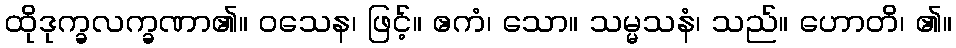
ထိုဒုက္ခလက္ခဏာ၏။ ဝသေန၊ ဖြင့်။ ဧကံ၊ သော။ သမ္မသနံ၊ သည်။ ဟောတိ၊ ၏။